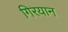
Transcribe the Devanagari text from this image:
गिरयान